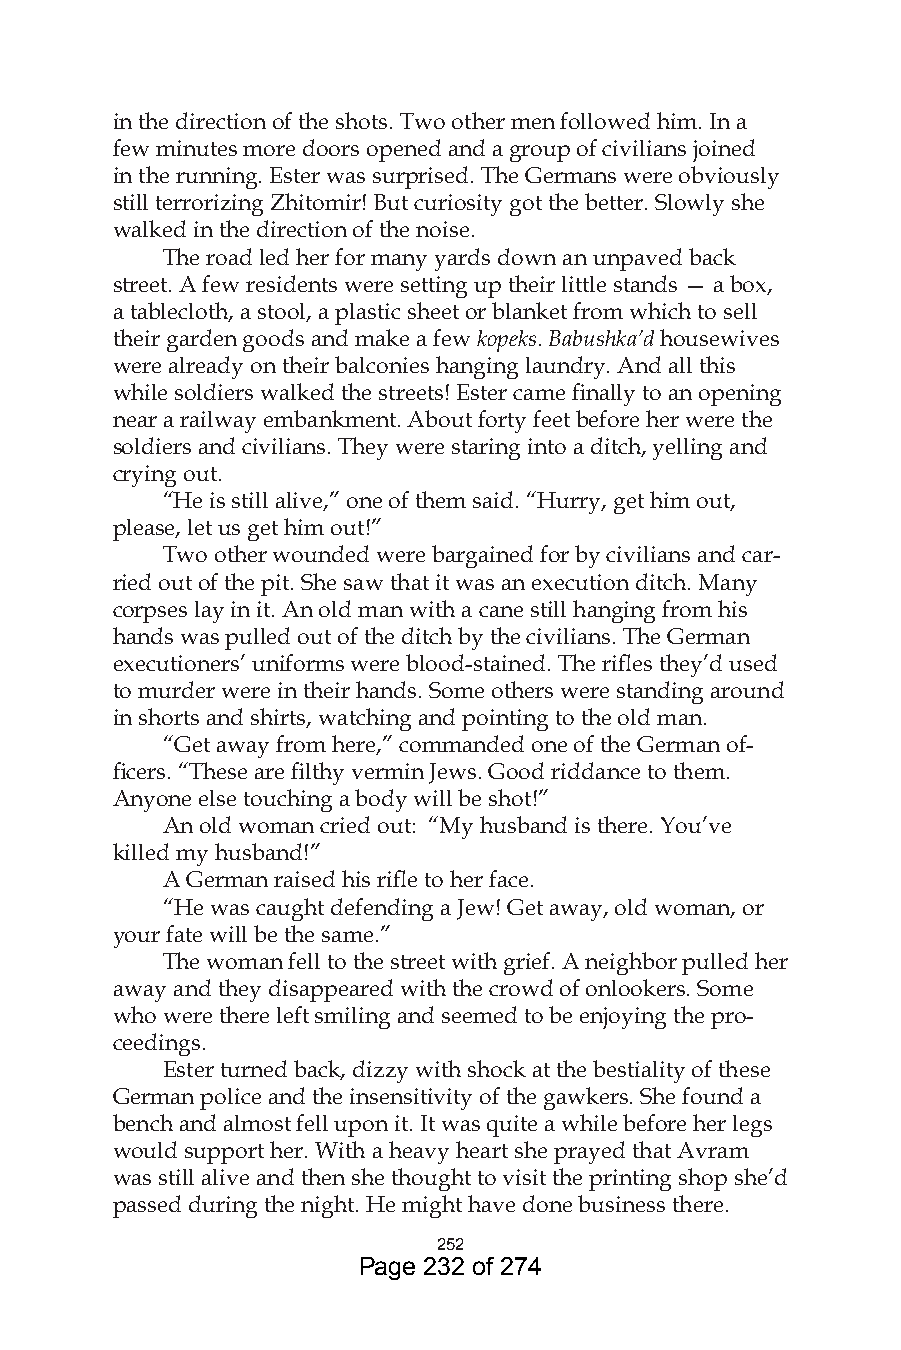
in the direction of the shots. Two other men followed him. In a
 few minutes more doors opened and a group of civilians joined
 in the running. Ester was surprised. The Germans were obviously
 still terrorizing Zhitomir! But curiosity got the better. Slowly she
 walked in the direction of the noise.
 The road led her for many yards down an unpaved back
 street. A few residents were setting up their little stands — a box,
 a tablecloth, a stool, a plastic sheet or blanket from which to sell
 their garden goods and make a few kopeks. Babushka’d housewives
 were already on their balconies hanging laundry. And all this
 while soldiers walked the streets! Ester came finally to an opening
 near a railway embankment. About forty feet before her were the
 soldiers and civilians. They were staring into a ditch, yelling and
 crying out.
 “He is still alive,” one of them said. “Hurry, get him out,
 please, let us get him out!”
 Two other wounded were bargained for by civilians and car-
 ried out of the pit. She saw that it was an execution ditch. Many
 corpses lay in it. An old man with a cane still hanging from his
 hands was pulled out of the ditch by the civilians. The German
 executioners’ uniforms were blood-stained. The rifles they’d used
 to murder were in their hands. Some others were standing around
 in shorts and shirts, watching and pointing to the old man.
 “Get away from here,” commanded one of the German of-
 ficers. “These are filthy vermin Jews. Good riddance to them.
 Anyone else touching a body will be shot!”
 An old woman cried out: “My husband is there. You’ve
 killed my husband!”
 A German raised his rifle to her face.
 “He was caught defending a Jew! Get away, old woman, or
 your fate will be the same.”
 The woman fell to the street with grief. A neighbor pulled her
 away and they disappeared with the crowd of onlookers. Some
 who were there left smiling and seemed to be enjoying the pro-
 ceedings.
 Ester turned back, dizzy with shock at the bestiality of these
 German police and the insensitivity of the gawkers. She found a
 bench and almost fell upon it. It was quite a while before her legs
 would support her. With a heavy heart she prayed that Avram
 was still alive and then she thought to visit the printing shop she’d
 passed during the night. He might have done business there.
 5
 Page 232 of 274